Indian journal of veterinary science and animal husbandry - Volumes 26-27, 1956-1957
Year: 1956
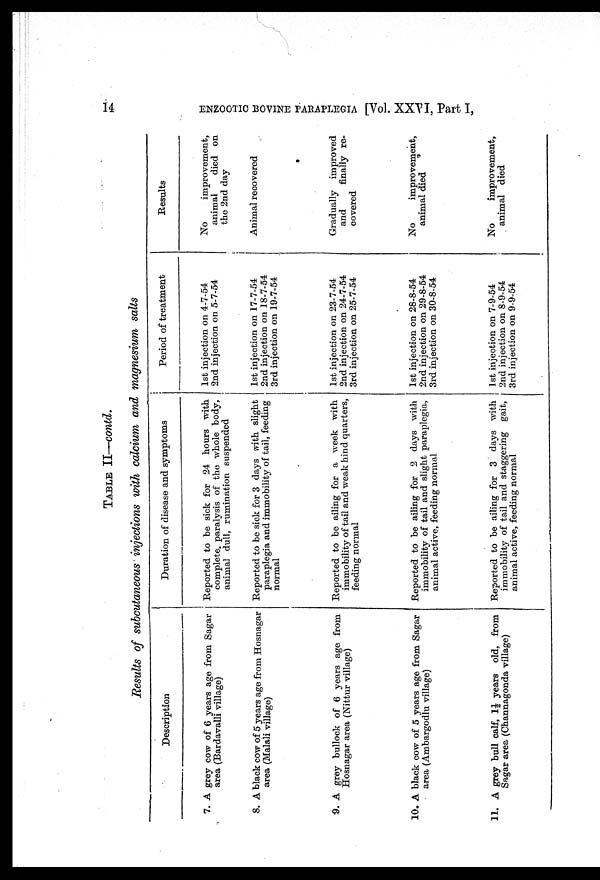
14 ENZOOTIC BOVINE PARAPLEGIA [Vol. XXVI, Part I,
TABLE II—contd.
Results of subcutaneous injections with calcium and magnesium salts
Description
7. A grey cow of 6 years age from Sagar
area (Bardavalli village)
8. A black cow of 5 years age from Hosnagar
area (Malali village)
9. A grey bullock of 6 years age from
Hosnagar area (Nittur village)
10. A black cow of 5 years age from Sagar
area (Ambargodlu village)
11. A grey bull calf, 1½ years old, from
Sagar area (Channagonda village)
Duration of disease and symptoms
Reported to be sick for 24 hours with.
complete, paralysis of the whole body,
animal dull, rumination suspended
Reported to be sick for 3 days with slight
paraplegia and immobility of tail, feeding
normal
Reported to be ailing for a week with
immobility of tail and weak hind quarters,
feeding normal
Reported to be ailing for 2 days with
immobility of tail and slight paraplegia,
animal active, feeding normal
Reported to be ailing for 3 days with
immobility of tail and staggering gait,
animal active, feeding normal
Period of treatment
1st injection on 4-7-54
2nd injection on 5-7-54
1st injection on 17-7-54
2nd injection on 18-7-54
3rd injection on 19-7-54
1st injection on 23-7-54
2nd injection on 24-7-54
3rd injection on 25-7-54
1st injection on 28-8-54
2nd injection on 29-8-54
3rd injection on 30-8-54
1st injection on 7-9-54
2nd injection on 8-9-54
3rd injection on 9-9-54
Results
No
improvement,
animal
died on
the 2nd day
Animal recovered
Gradually improved
and
finally
re-
covered
No
improvement,
animal died
No
improvement,
animal died